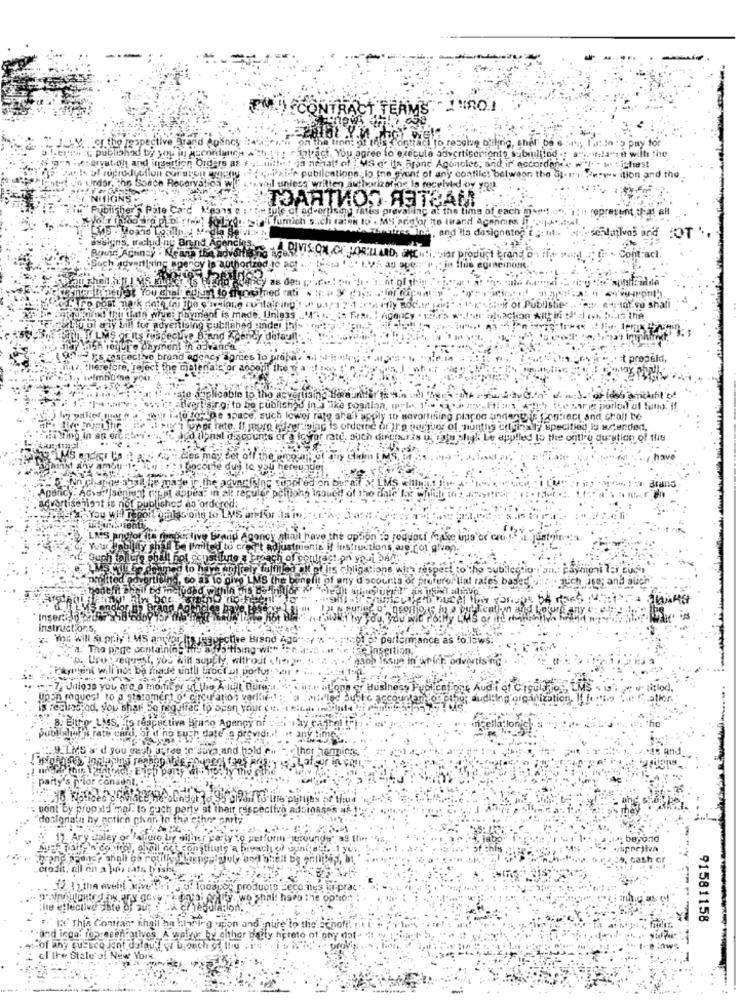
EM.'CONTRACT TERMS JURO!
.Cs.the respective Brand agency
ve billing, sher De 6
ar's fatto to pay for
publish
Itract, You a
gree lo exe
coments sabrilfind .! assisla"re with the
$1"s -paryat.oh and insertion Orders as #: mille : in negal' of MS or its aron
"in negal' of
let belweon the by
Igotrt in order
howwe al reproduction current agony ivri kier publications;lo ine gyont
m. Perowition and the ..
TOMATNOS A
Pate
each
reprezent that an
Tumich sich rates to . MS
15, incl
Ly anend
Achinay . Neana the adve
Haci
thortrod jo act
vitale
.:- lat.yo shall
Payment is made. Un
ad under
acy agres to P
progeld,
alicable to the acvertis
I'siro; to be publis
sape space, such k
rajo a
to Bavortising places aindang is fon:rect and chall to
ore poriser of nunths crying
specified io wcfended.
or rate, auch dietaris u tato shig
applied to the onthe duration of the
e made ir the adund Ning sobil
: Achat |seniort micet appes: in alt reculer poltion
mont is not publichos as ordered:
as ordered:
omissione to LVS
LAS anofor
Www
be limited to c
istr
ach of c
pmfiltted odvoruf
Go as to give LMS the ben
uso; and auch
voed withla
Instructor.s.
parts
ance
"a." The piege containing'H
se Insertion,
p. Crop request, you will sup
naoh Issue in which advertising
. Payment will not be made unt
.- 7; Unless you are o monitor u
oficer s
Huslhess }
Aud i at Cical37og LMs
tiglod.
Upon request to g statomert o'
Buste accountant
udl:ing organization.
1. Fechobrod, you shar Se regvira
LLIS'& d you cash) if
a and hp
party's phlor cons
. vont by propad mal. to such party at thett
"dosignata by noticn phon In tha
11. Ary daley
*: beyond
:4, cash cr
crodit, all on a pas fats bisher
12 1) the avebl wiveltri 3 0:
prod
effective
91581158
I' Thia Contrac thail na hivleg upon and puje to tlich
inga: fo- esencativos. A walyor by either party hpreto of phy data
of any quesco jent dafault w bronch of luu ;re
re Stale of New York.